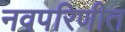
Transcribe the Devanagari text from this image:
नवपरिणीत